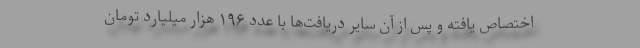
اختصاص یافته و پس از آن سایر دریافت‌ها با عدد ۱۹۶ هزار میلیارد تومان